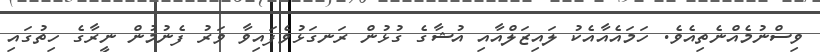
ވިސްނުމެއްނެތިއެވެ. ހަމައެއާއެކު ލައިޒަލްއާއި އުޝާގެ ގުޅުން ރަނގަޅުވެފައިވާ ވަރު ފެނުމުން ނީރާގެ ހިތުގައި